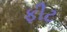
ફીટ